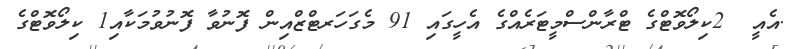
.އެއީ  2ކިލޯވޮޓްގެ ޓްރާންސްމީޓަރެއްގެ އެހީގައި 91 މެގަހަރޓްޒްއިން ފޮނުވާ ފޮނުވުމަކާއި1 ކިލޯވޮޓްގެ